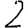
Digit: 2